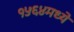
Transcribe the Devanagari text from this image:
१५६४मध्ये